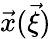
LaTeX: \vec{x}(\vec{\xi})